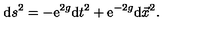
\mathrm { d } s ^ { 2 } = - \mathrm { e } ^ { 2 g } \mathrm { d } t ^ { 2 } + \mathrm { e } ^ { - 2 g } \mathrm { d } \vec { x } ^ { 2 } .